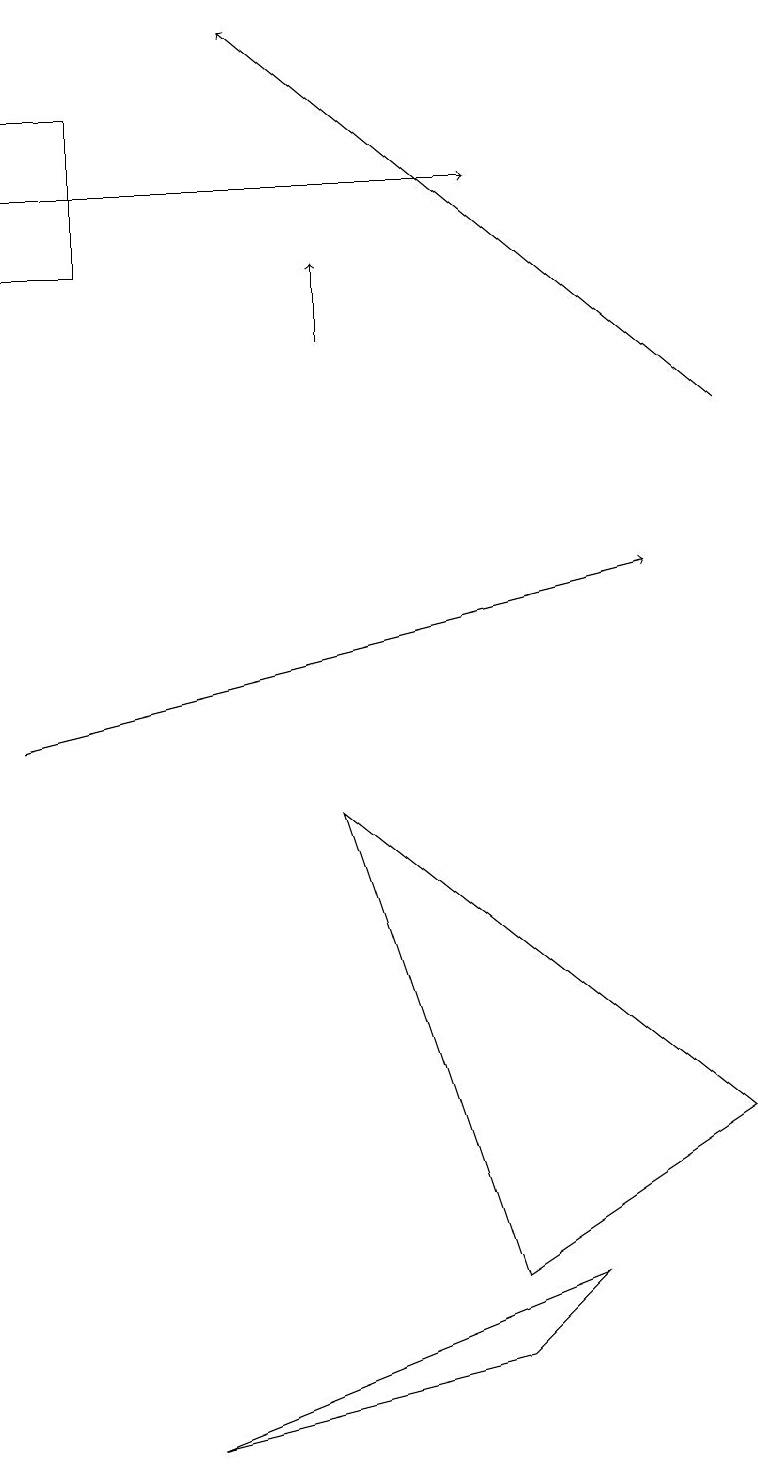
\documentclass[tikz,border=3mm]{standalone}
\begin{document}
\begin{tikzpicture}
\draw[->] (0,17) -- (6,17);
\draw[->] (4,15) -- (4,16);
\draw (9,5) -- (4,9) -- (6,3) -- cycle;
\draw (2,1) -- (7,3) -- (6,2) -- cycle;
\draw (0,16) rectangle (1,18);
\draw[->] (9,14) -- (3,19);
\draw[->] (0,10) -- (8,12);
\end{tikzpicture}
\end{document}